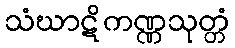
သံဃာဋိကဏ္ဏသုတ္တံ